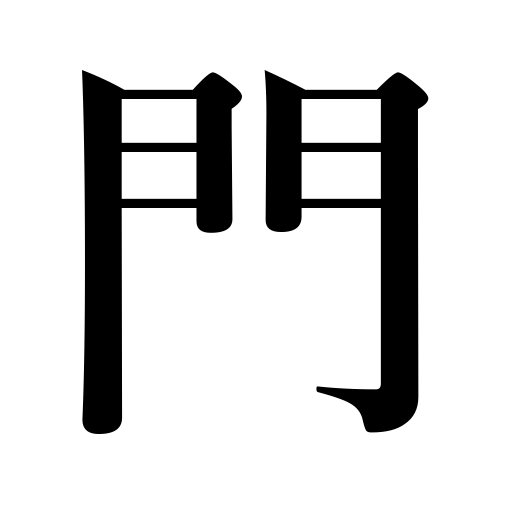
Meanings: class,private school,gateway,gate,door,counter for cannon